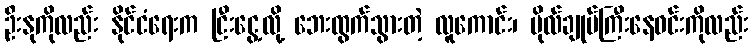
ဦးနုကိုလည်း နိုင်ငံရေးက ငြီးငွေ့လို့ ဘေးထွက်သွားတဲ့ လူကောင်း၊ ဗိုလ်ချုပ်ကြီးနေဝင်းကိုလည်း